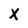
Character: X